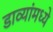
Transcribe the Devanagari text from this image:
डाव्यांमध्ये